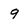
Character: 9